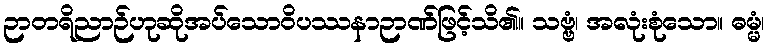
ဉာတရိညာဉ်ဟုဆိုအပ်သောဝိပဿနာဉာဏ်ဖြင့်သိ၏။ သဗ္ဗံ၊ အလုံးစုံသော။ ဓမ္မံ၊